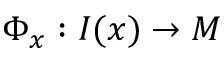
\Phi _ { x } : I ( x ) \to M